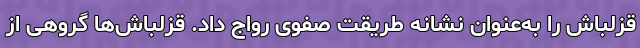
قزلباش را به‌عنوان نشانه طریقت صفوی رواج داد. قزلباش‌ها گروهی از